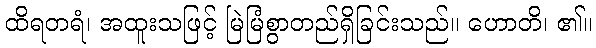
ထိရတရံ၊ အထူးသဖြင့် မြဲမြံစွာတည်ရှိခြင်းသည်။ ဟောတိ၊ ၏။